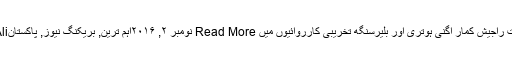
بھارتی ہائی کمیشن میں تعینات راجیش کمار اگنی ہوتری اور بلیرسنگھ تخریبی کارروائیوں میں Read More نومبر ۲, ۲۰۱۶اہم ترین, بریکنگ نیوز, پاکستانAsghar Ali تازہ ترین ویڈیوز